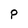
Character: P